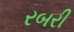
રબરી